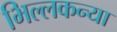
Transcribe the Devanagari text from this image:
भिल्लकन्या